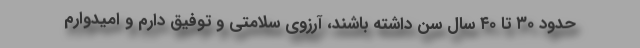
حدود ۳۰ تا ۴۰ سال سن داشته باشند، آرزوی سلامتی و توفیق دارم و امیدوارم